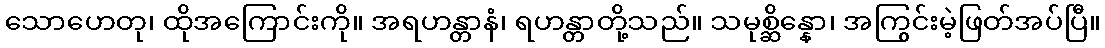
သောဟေတု၊ ထိုအကြောင်းကို။ အရဟန္တာနံ၊ ရဟန္တာတို့သည်။ သမုစ္ဆိန္နော၊ အကြွင်းမဲ့ဖြတ်အပ်ပြီ။